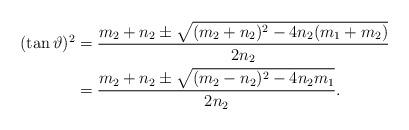
LaTeX: \begin{align*}(\tan \vartheta)^{2}&= \frac{m_{2}+n_2 \pm \sqrt{(m_{2}+n_2)^2-4n_2(m_{1}+m_{2})}}{2n_2} \\&= \frac{m_{2}+n_2 \pm \sqrt{(m_{2}-n_2)^2-4n_2m_{1}}}{2n_2}.\end{align*}